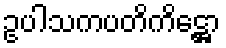
ဥပါသကပတိကိဋ္ဌော